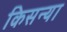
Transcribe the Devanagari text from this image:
किसन्या